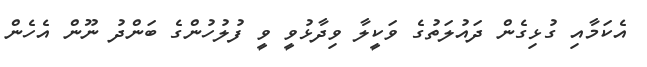
އެކަމާއި ގުޅިގެން ދައުލަތުގެ ވަކީލާ ވިދާޅުވީ ވީ ފުލުހުންގެ ބަންދު ނޫން އެހެން